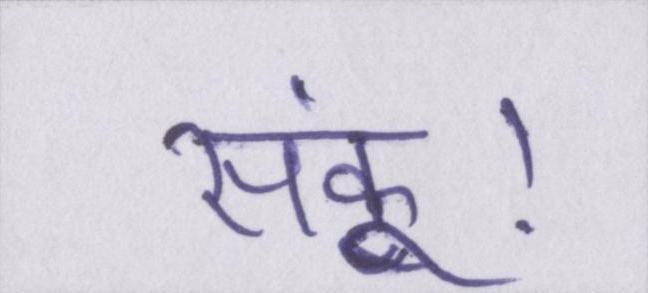
सकूं।